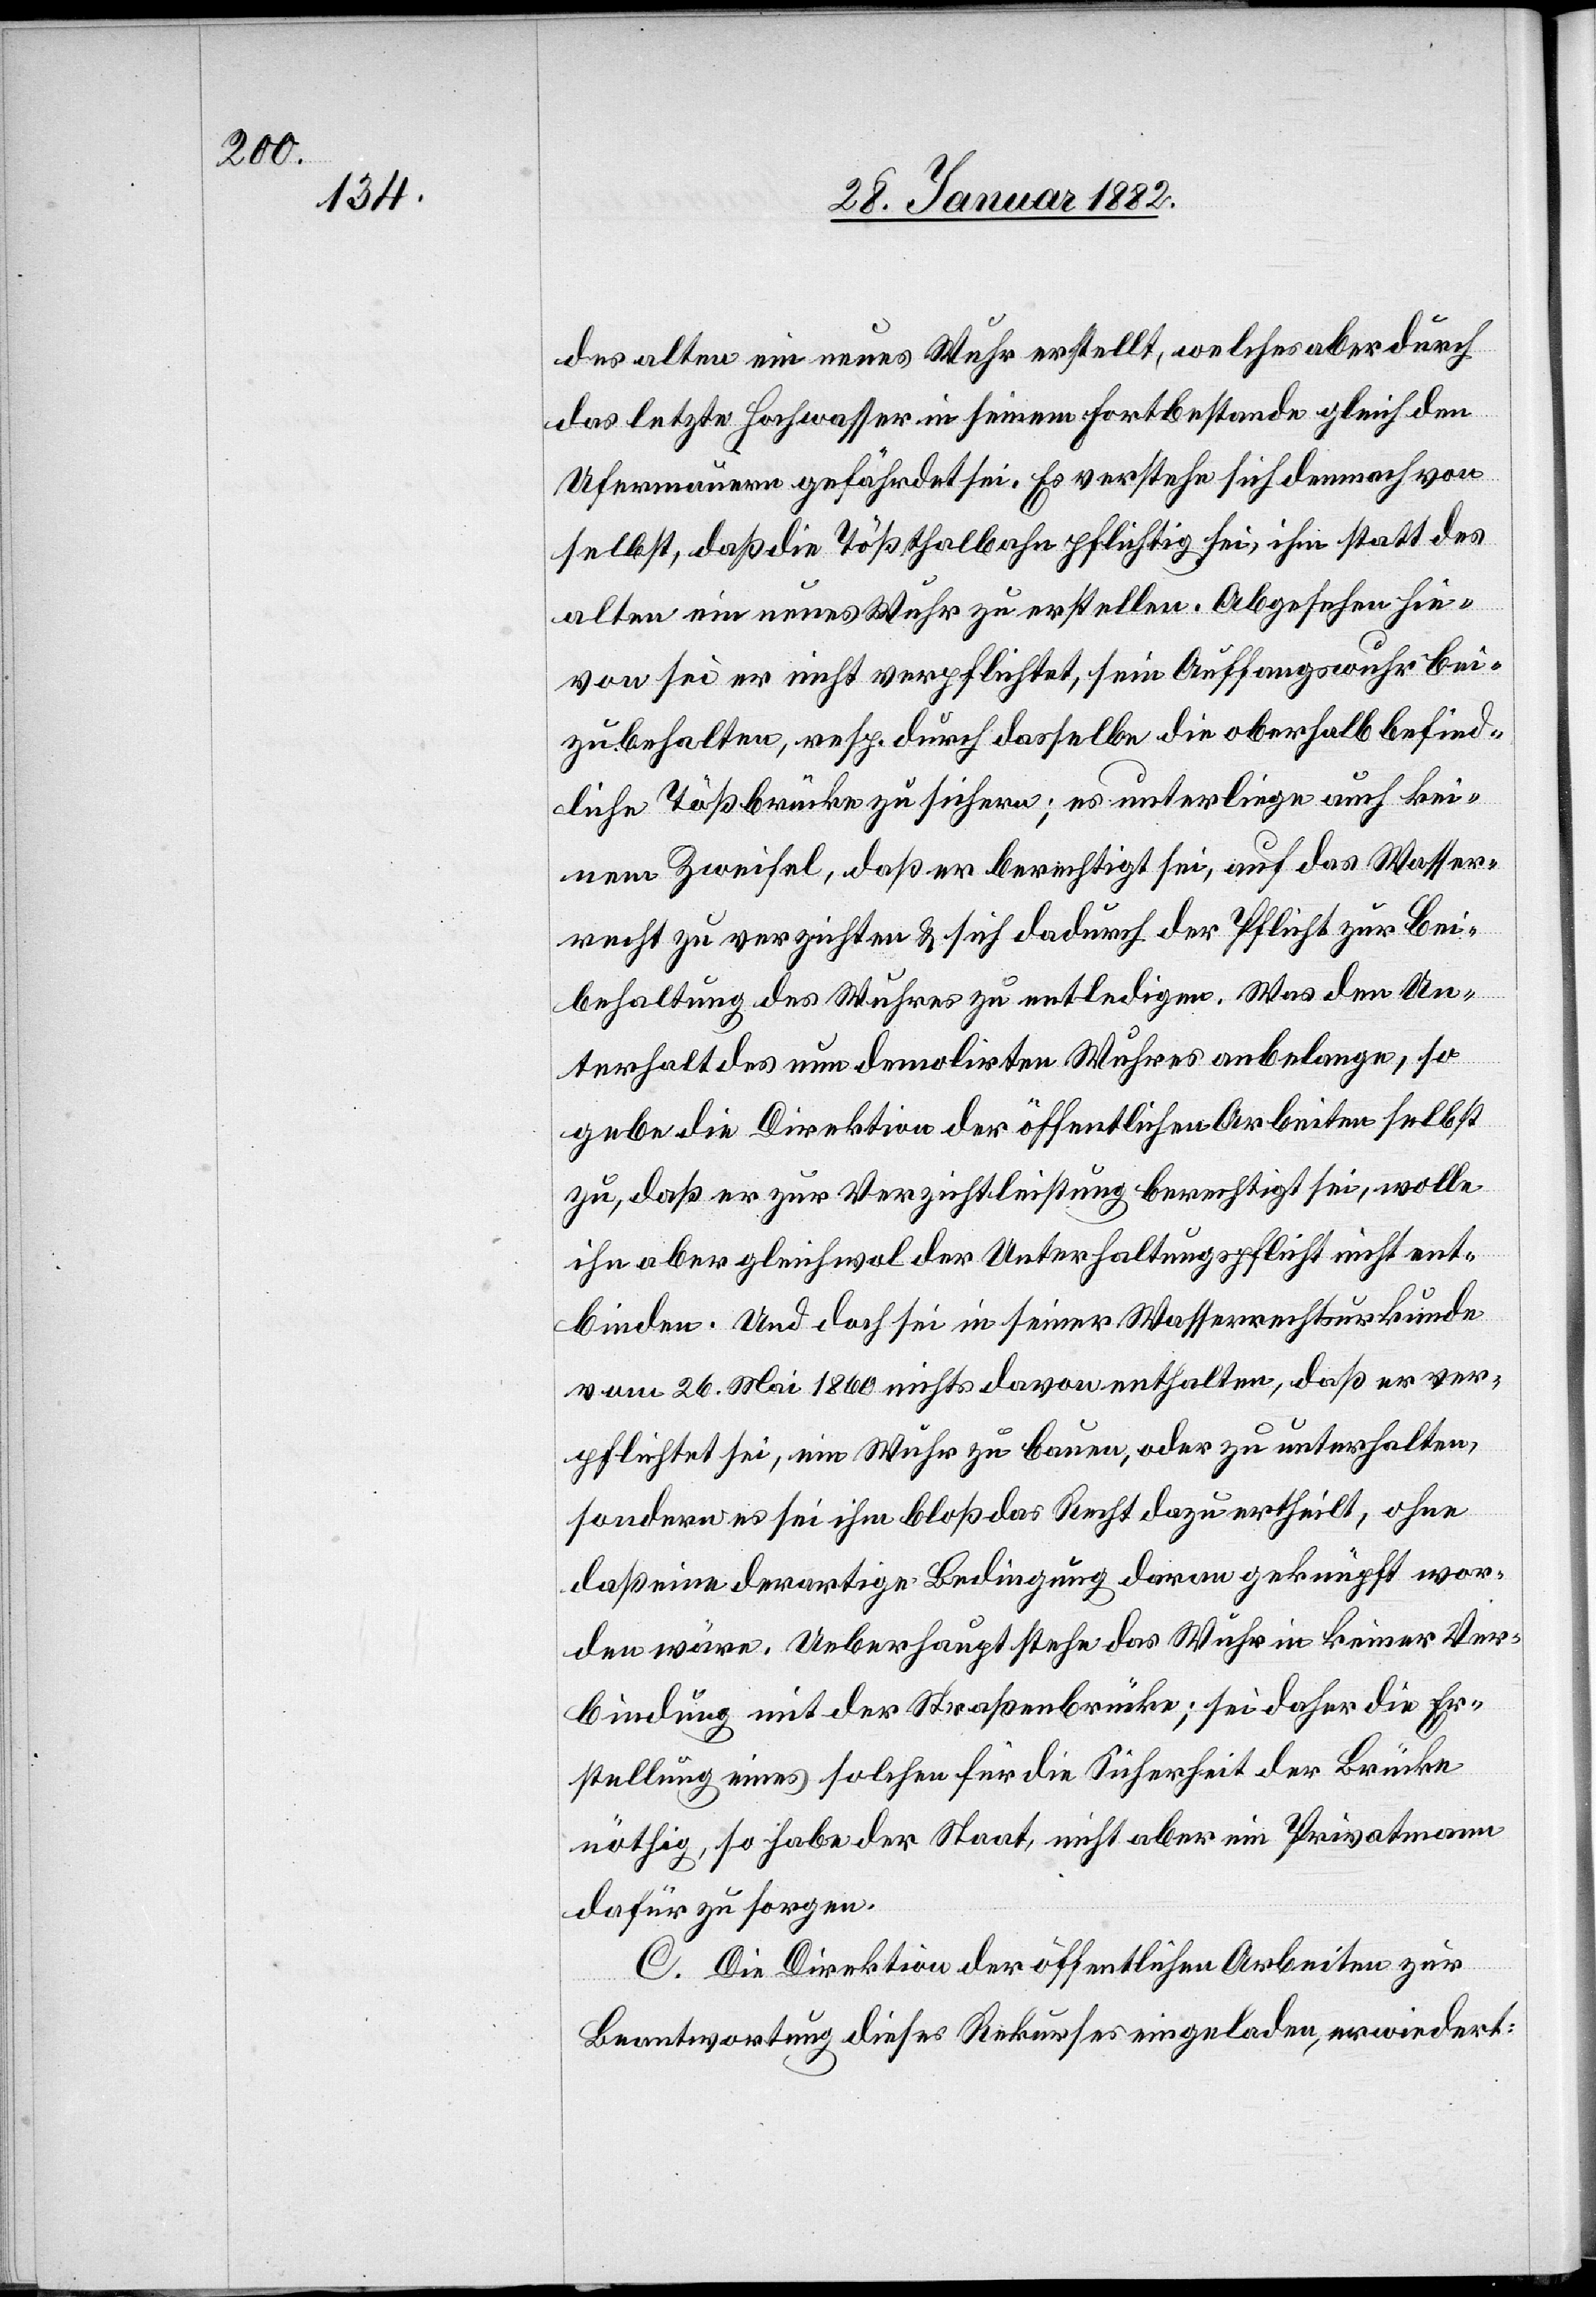
des alten ein neues Wuhr erstellt, welches aber durch
das letzte Hochwasser in seinem Fortbestande gleich den
Ufermauern gefährdet sei. Es verstehe sich demnach von
selbst, daß die Tößthalbahn pflichtig sei, ihm statt des
alten ein neues Wuhr zu erstellen. Abgesehen hie¬
von sei er nicht verpflichtet, sein Auffangswuhr bei¬
zubehalten, resp. durch dasselbe die oberhalb befind¬
liche Tößbrücke zu sichern; es unterliege auch kei¬
nem Zweifel, daß er berechtigt sei, auf das Wasser¬
recht zu verzichten & sich dadurch der Pflicht zur Bei¬
behaltung des Wuhres zu entledigen. Was den Un¬
terhalt des nun demolirten Wuhres anbelange, so
gebe die Direktion der öffentlichen Arbeiten selbst
zu, daß er zur Verzichtleistung berechtigt sei, wolle
ihn aber gleichwol der Unterhaltungspflicht nicht ent¬
binden. Und doch sei in seiner Wasserrechtsurkunde
vom 26. Mai 1860 nichts davon enthalten, daß er ver¬
pflichtet sei, ein Wuhr zu bauen, oder zu unterhalten,
sondern es sei ihm bloß das Recht dazu ertheilt, ohne
daß eine derartige Bedingung daran geknüpft wor¬
den wäre. Ueberhaupt stehe das Wuhr in keiner Ver¬
bindung mit der Straßenbrücke; sei daher die Er¬
stellung eines solchen für die Sicherheit der Brücke
nöthig, so habe der Staat, nicht aber ein Privatmann
dafür zu sorgen.
C. Die Direktion der öffentlichen Arbeiten zur
Beantwortung dieses Rekurses eingeladen, erwiedert: